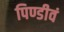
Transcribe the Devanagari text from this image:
पिण्डीवं